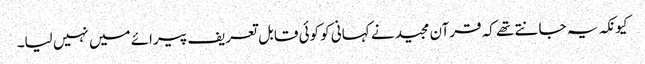
کیونکہ یہ جانتے تھے کہ قرآن مجید نے کہانی کو کوئی قابل تعریف پیرائے میں نہیں لیا۔